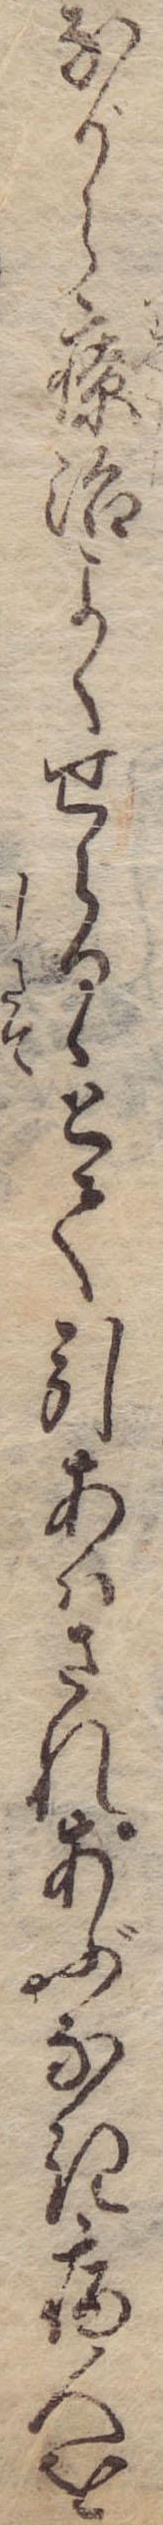
ながら療治よくせらるゝとて引あはされあぶなき病人を